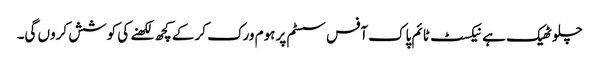
چلو ٹھیک ہے نیکسٹ ٹائم پاک آفس سسٹم پر ہوم ورک کر کے کچھ لکھنے کی کوشش کروں گی۔